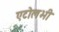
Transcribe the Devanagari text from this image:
एटोलभी